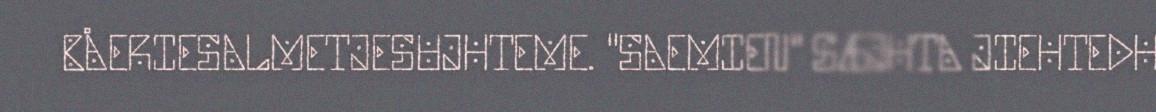
BÅERIESALMETJESUJHTEME. "SAEMIEN" SÆJHTA JIEHTEDH